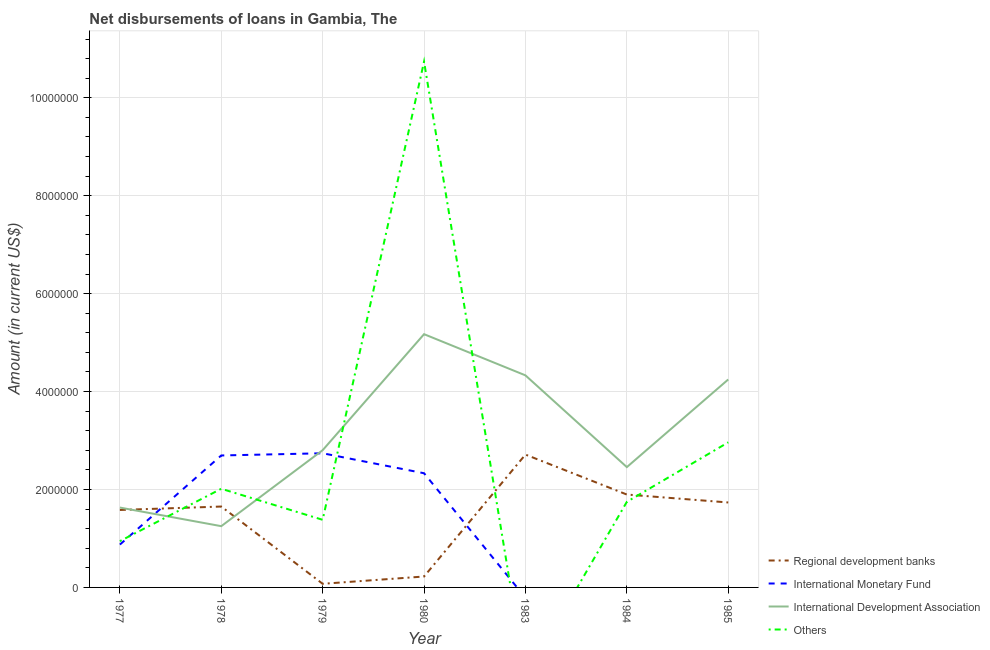
| Year | Regional development banks | International Monetary Fund | International Development Association | Others |
 | --- | --- | --- | --- | --- |
 | 1977 | 1.58e+06 | 8.75e+05 | 1.63e+06 | 9.45e+05 |
 | 1978 | 1.65e+06 | 2.7e+06 | 1.25e+06 | 2.02e+06 |
 | 1979 | 7.4e+04 | 2.74e+06 | 2.8e+06 | 1.38e+06 |
 | 1980 | 2.23e+05 | 2.33e+06 | 5.17e+06 | 1.07e+07 |
 | 1983 | 2.71e+06 | -2.1e+05 | 4.33e+06 | -1.83e+06 |
 | 1984 | 1.9e+06 | -5.96e+05 | 2.46e+06 | 1.75e+06 |
 | 1985 | 1.74e+06 | -8.18e+05 | 4.25e+06 | 2.96e+06 |